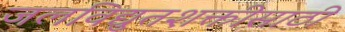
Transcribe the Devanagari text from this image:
जलविद्युतशक्तीसाठी